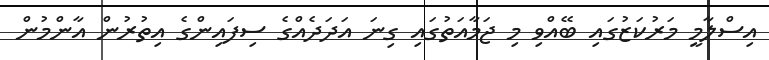
އިސްލާމީ މަރުކަޒުގައި ބޭއްވި މި ޖަމާއަތުގައި ގިނަ އަދަދެއްގެ ސިފައިންގެ އިތުރުން އާންމުން